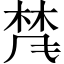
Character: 𱣨